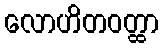
လောဟိတဝတ္ထာ